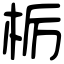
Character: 栃